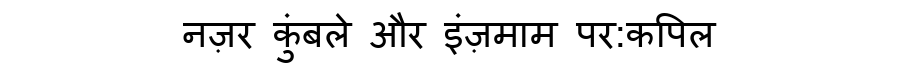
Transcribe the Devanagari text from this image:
नज़र कुंबले और इंज़माम पर:कपिल